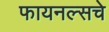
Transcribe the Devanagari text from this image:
फायनल्सचे